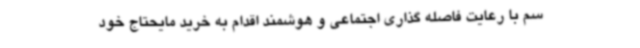
سم با رعایت فاصله گذاری اجتماعی و هوشمند اقدام به خرید مایحتاج خود